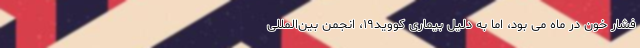
فشار خون در ماه می بود، اما به دلیل بیماری کووید۱۹، انجمن بین‌المللی